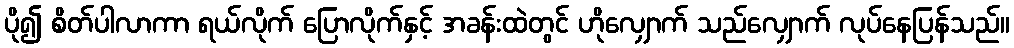
ပို၍ စိတ်ပါလာကာ ရယ်လိုက် ပြောလိုက်နှင့် အခန်းထဲတွင် ဟိုလျှောက် သည်လျှောက် လုပ်နေပြန်သည်။